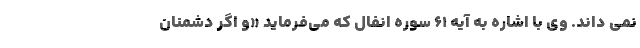
نمی داند. وی با اشاره به آیه ۶۱ سوره انفال که می‌فرماید «و اگر دشمنان